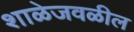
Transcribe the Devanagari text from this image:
शाळेजवळील